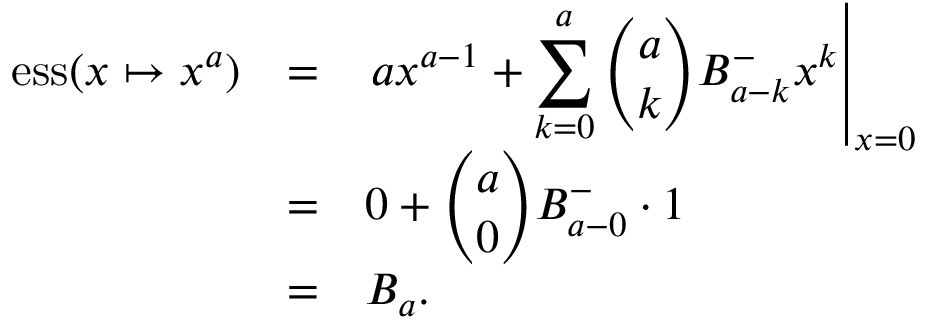
\begin{array} { r c l } { \displaystyle \mathrm { e s s } ( x \mapsto x ^ { a } ) } & { = } & { \displaystyle \left. a x ^ { a - 1 } + \sum _ { k = 0 } ^ { a } \binom { a } { k } B _ { a - k } ^ { - } x ^ { k } \right| _ { x = 0 } } \\ & { = } & { 0 + \displaystyle \binom { a } { 0 } B _ { a - 0 } ^ { - } \cdot 1 } \\ & { = } & { B _ { a } . } \end{array}